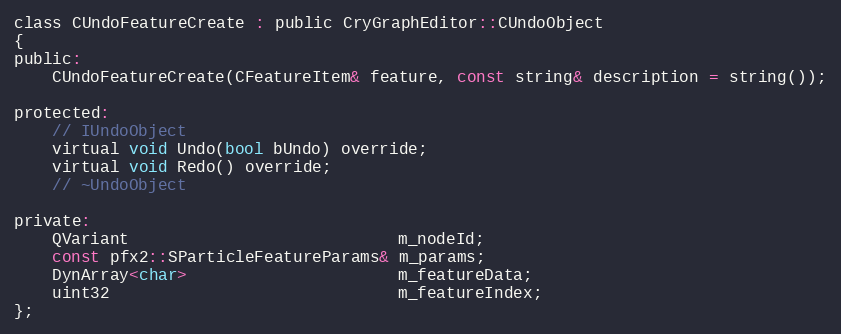
Language: C
class CUndoFeatureCreate : public CryGraphEditor::CUndoObject
{
public:
	CUndoFeatureCreate(CFeatureItem& feature, const string& description = string());

protected:
	// IUndoObject
	virtual void Undo(bool bUndo) override;
	virtual void Redo() override;
	// ~UndoObject

private:
	QVariant                            m_nodeId;
	const pfx2::SParticleFeatureParams& m_params;
	DynArray<char>                      m_featureData;
	uint32                              m_featureIndex;
};